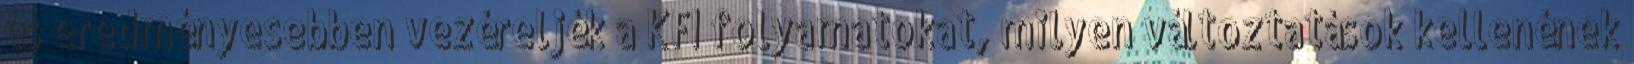
és eredményesebben vezéreljék a KFI folyamatokat, milyen változtatások kellenének